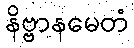
နိဗ္ဗာနမေတံ